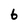
Character: 6